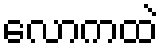
လောကထဲ